Civil Veterinary Department. Central Provinces & Berar 1925-31 - 1925-1931
Year: 1925
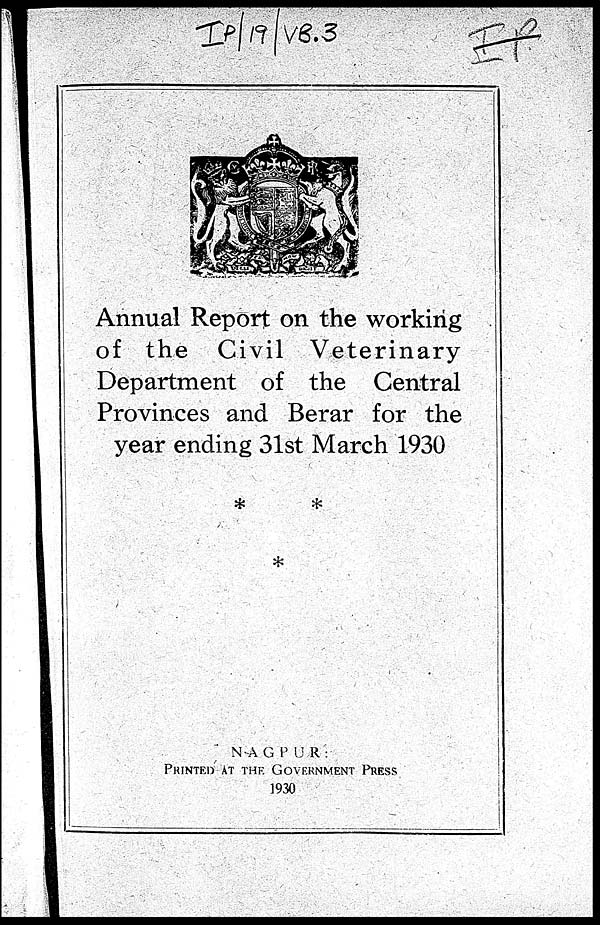
Annual Report on the working
of the Civil Veterinary
Department of the Central
Provinces and Berar for the
year ending 31st March 1930
NAGPUR:
PRINTED AT THE GOVERNMENT PRESS
1930